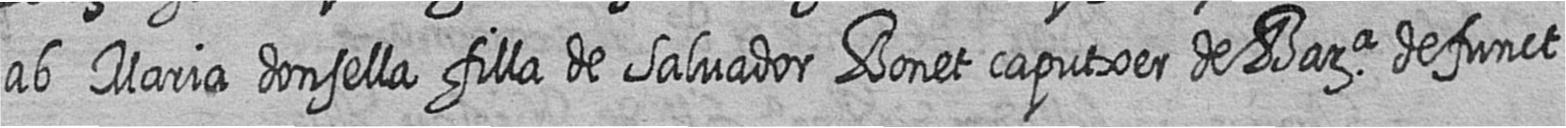
ab Maria donsella filla de Salvador Bonet caputxer de Bara defunct